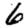
Digit: 6